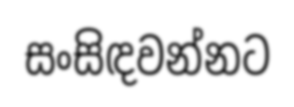
සංසිඳවන්නට